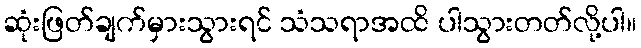
ဆုံးဖြတ်ချက်မှားသွားရင် သံသရာအထိ ပါသွားတတ်လို့ပါ။